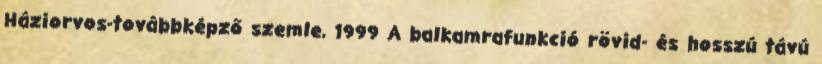
Háziorvos-továbbképző szemle, 1999 A balkamrafunkció rövid- és hosszú távú